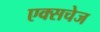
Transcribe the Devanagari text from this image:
एक्सचेज